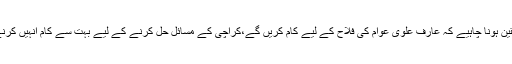
ہمیں یقین ہونا چاہیے کہ عارف علوی عوام کی فلاح کے لیے کام کریں گے،کراچی کے مسائل حل کرنے کے لیے بہت سے کام انہیں کرنے ہیں۔